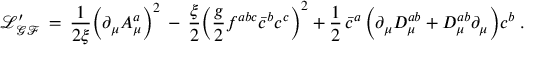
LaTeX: \mathcal { L _ { G F } ^ { \prime } } \, = \, \frac { 1 } { 2 \xi } \Big ( \partial _ { \mu } A _ { \mu } ^ { a } \Big ) ^ { 2 } \, - \, \frac { \xi } { 2 } \bigg ( \frac { g } { 2 } f ^ { a b c } \bar { c } ^ { b } c ^ { c } \bigg ) ^ { 2 } + \frac { 1 } { 2 } \, \bar { c } ^ { a } \, \Big ( \partial _ { \mu } D _ { \mu } ^ { a b } + D _ { \mu } ^ { a b } \partial _ { \mu } \Big ) c ^ { b } \; .